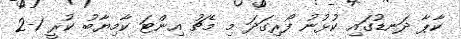
ކާޕާ ދަނޑުގައި ކުޅުނު ފޯރިގަދަ މި މެޗު އިންޓަ ކާމިޔާބު ކުރީ 1-2